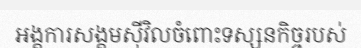
អង្គការសង្គមស៊ីវិលចំពោះទស្សនកិច្ចរបស់